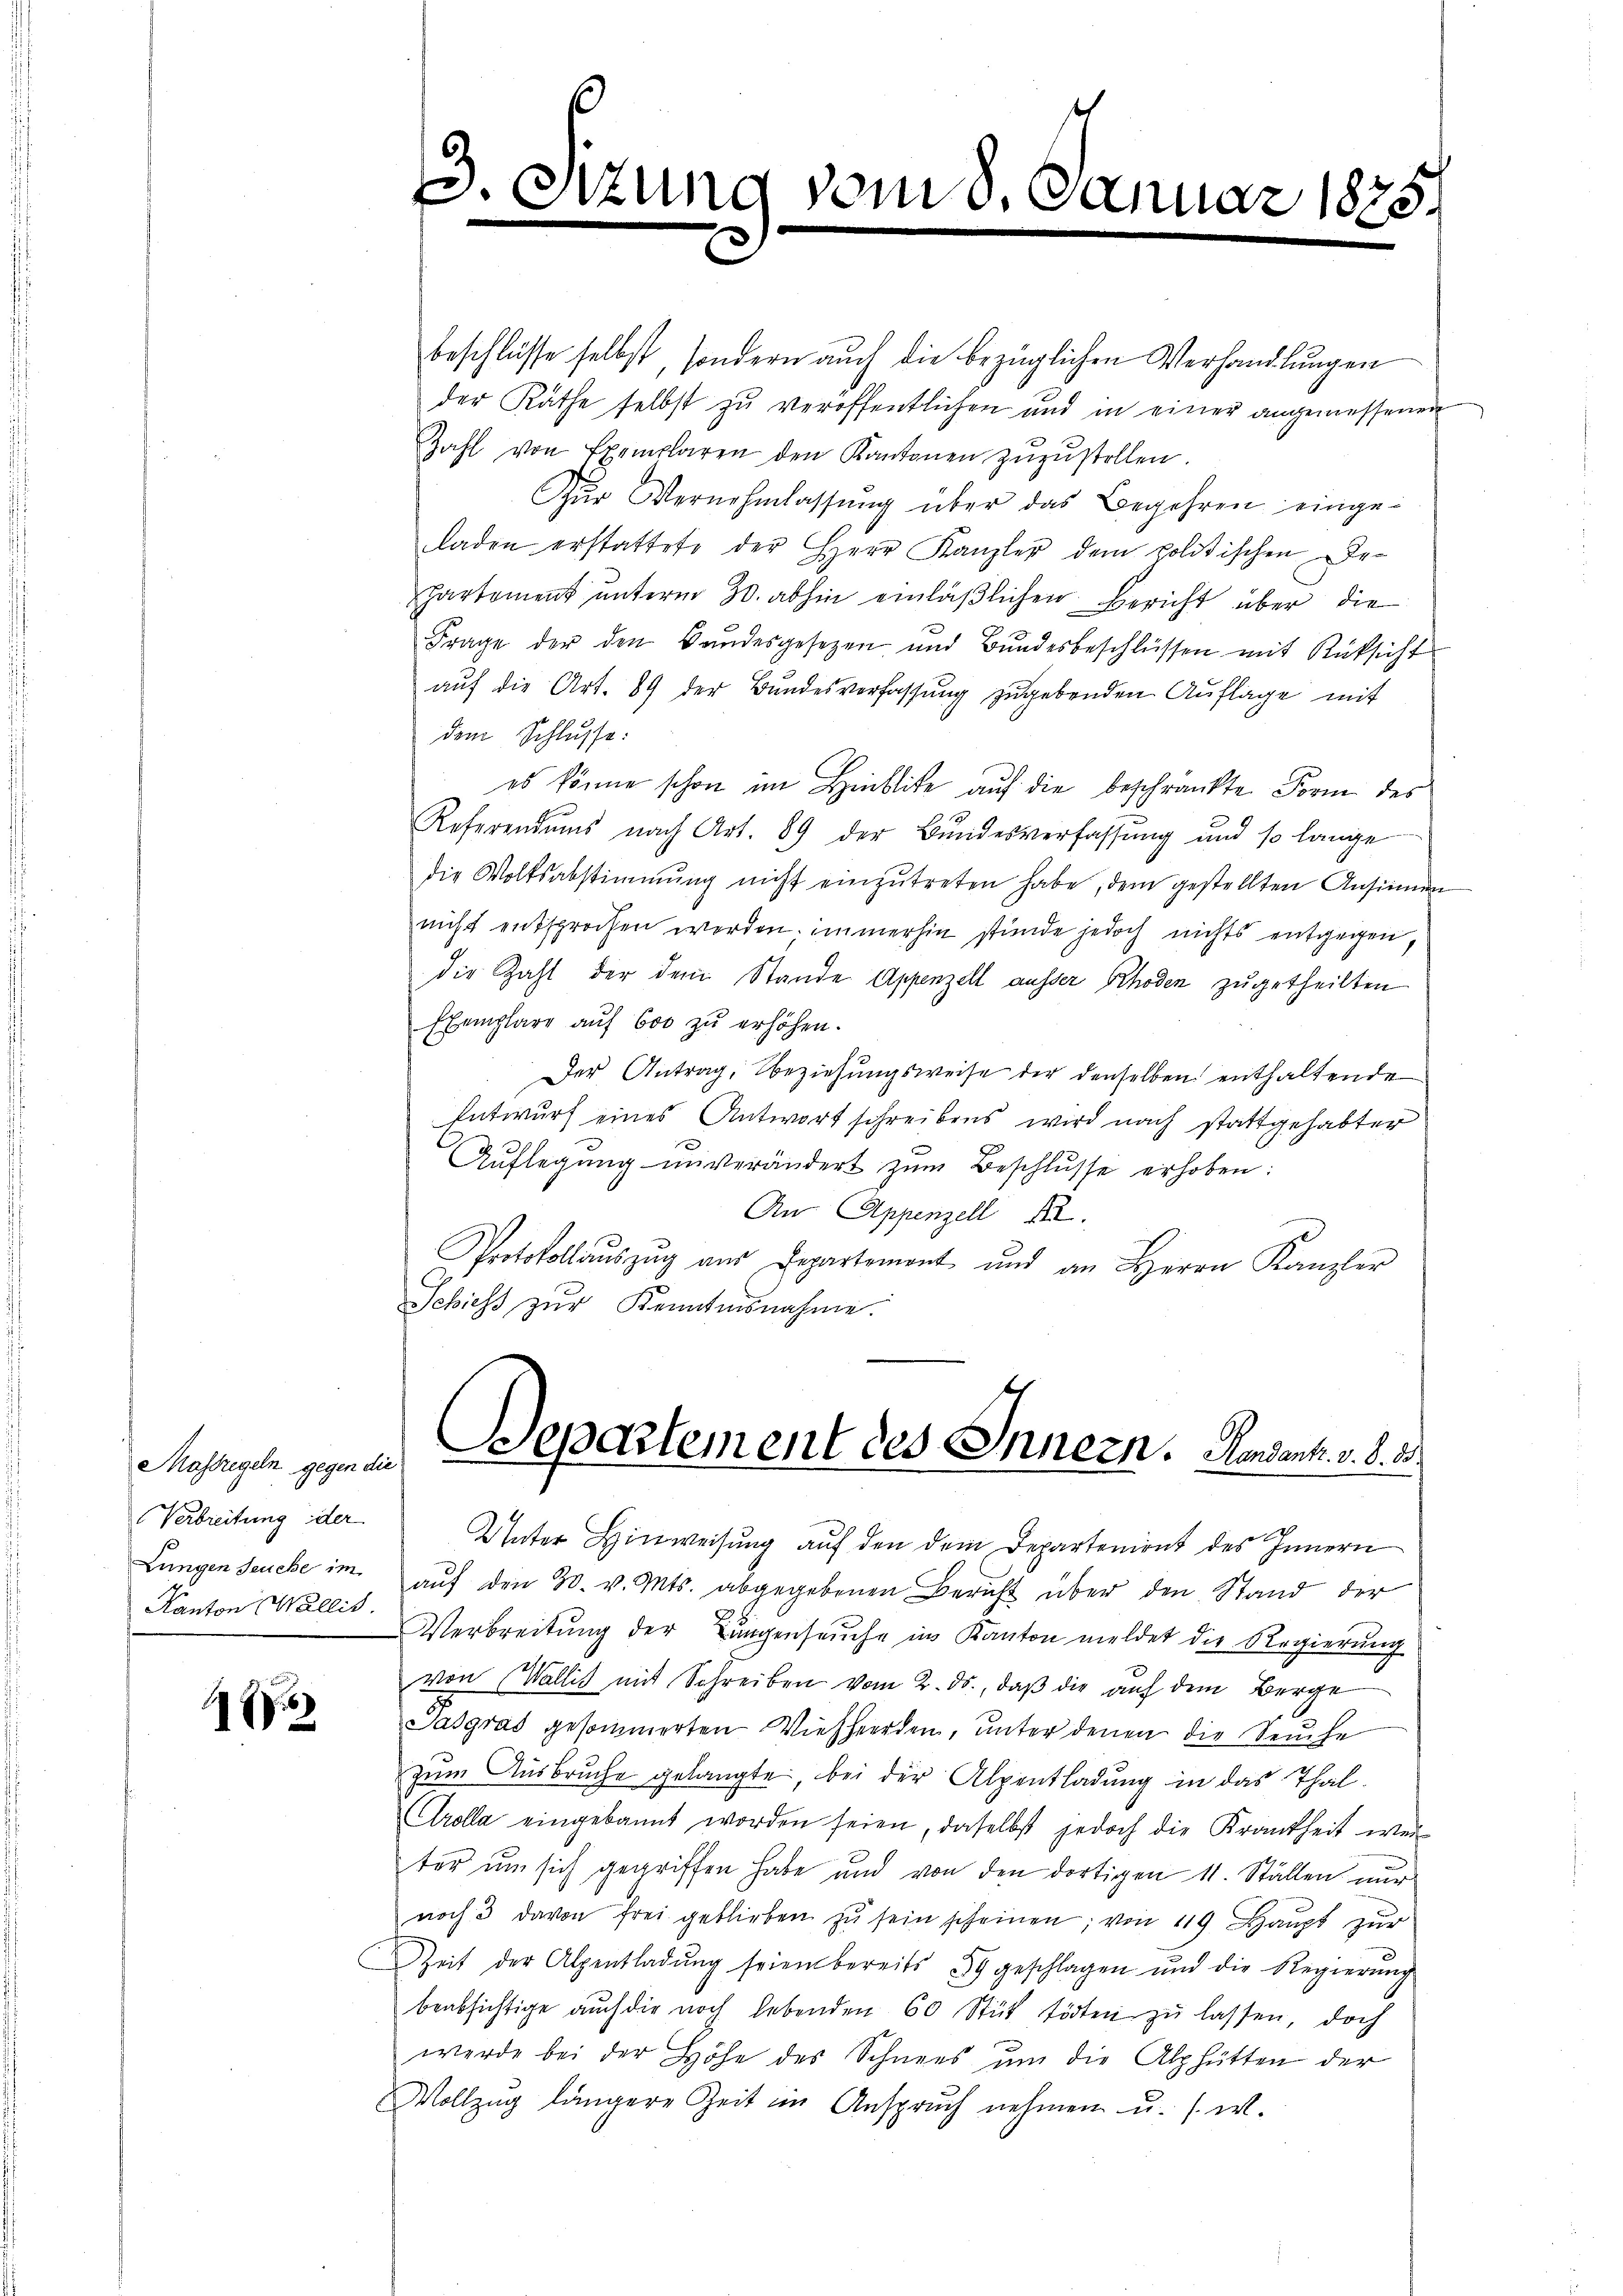
Verbreitung der
Kanton Wallis.

5

beschlüsse selbst, sondern auch die bezüglichen Verhandlungen
der Räthe selbst zu veröffentlichen und in einer angemessenen
Zahl von Exemplaren den Kantonen zŭzŭstellen.
Zŭr Vernehmlassŭng über das Begehren eingeladen erstattete der Herr Kanzler dem politischen Departement unterm 30. abhin einläßlichen Bericht über die
Frage der den Bandesgesetzen und Bundesbeschlüssen mit Rücksicht
auf die Art. 89 der Bundesverfassung zugebenden Auflage mit
dem Schlusse:
es könne schon im Hinblite auf die beschränkte Form des
Referendums nach Art. 89 der Bundesverfassung und so lange
die Wolksabstimmung nicht einzŭtreten habe, dem gestellten Ansinnen
nicht entsprochen werden; immerhin stünde jedoch nichts entgegen,
die Zahl der dem Stande Appenzell ausser Rhoden zugetheilten
Exemplare aŭf 600 zŭ erhöhen.
Der Antrag, Beziehungsweise der denselben enthaltende
Entwurf eines Antwortschreibens wird nach stattgehabter
Aŭflegŭng unverändert zŭm Beschlŭsse erhoben:
An Appenzell A.
Protokollaŭszŭg aŭs Departement und an Herrn Kanzler
Schicht zŭr Kenntnisnahme.

3

tung

vom 8.

Januar 1875.

Massisch gegenen Departement des Innern. Konsent. v. d. 3.

Unter Hinweisung auf den dem Departenient des Innern
Lungen Seuche im aŭf den 30. v. Mts. abgegebenen Bericht über den Stand der
Verbreitung der Lungenseuche in Kanton meldet die Regierung
von Wallis mit Schreiben vom 2. ds., daß die auf dem Berge
Sasgras gesammerten Viehherden, unter denen die Seuche
zum Ausbruche gelangte, bei der Alpentladung in das Thal¬
Crolla eingekannt worden seien, daselbst jedoch die Krankheit wer
ter um sich gegriffen habe und von den dortigen 11. Ställen nur
noch 3 davon frei geblieben zŭ sein scheinen; von 119 Haupt zur
Zeit der Alpentladŭng seien bereits 39 geschlagen und die Regierŭng
beabsichtige auch die noch lebenden 60 Stüt tödten zŭ lassen, doch
werde bei der Höhe des Schnees um die Alphütten der
Vollzug längere Zeit im Anspruch nehmen u. s. w.